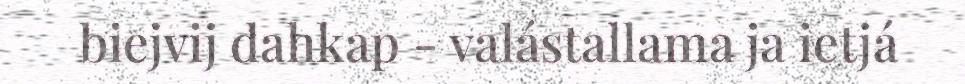
biejvij dahkap - valástallama ja ietjá